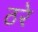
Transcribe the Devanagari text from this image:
ठरे